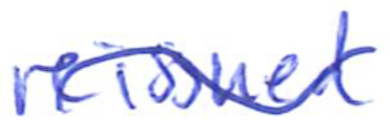
Text: reissued
Cross-out: wave
Writing tool: ballpoint